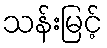
သန်းမြင့်